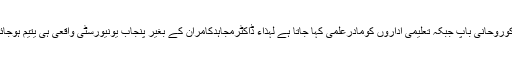
اساتذہ کوروحانی باپ جبکہ تعلیمی اداروں کومادرعلمی کہا جاتا ہے لہٰذاء ڈاکٹرمجاہدکامران کے بغیر پنجاب یونیورسٹی واقعی ہی یتیم ہوجائے گی۔